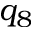
q _ { 8 }